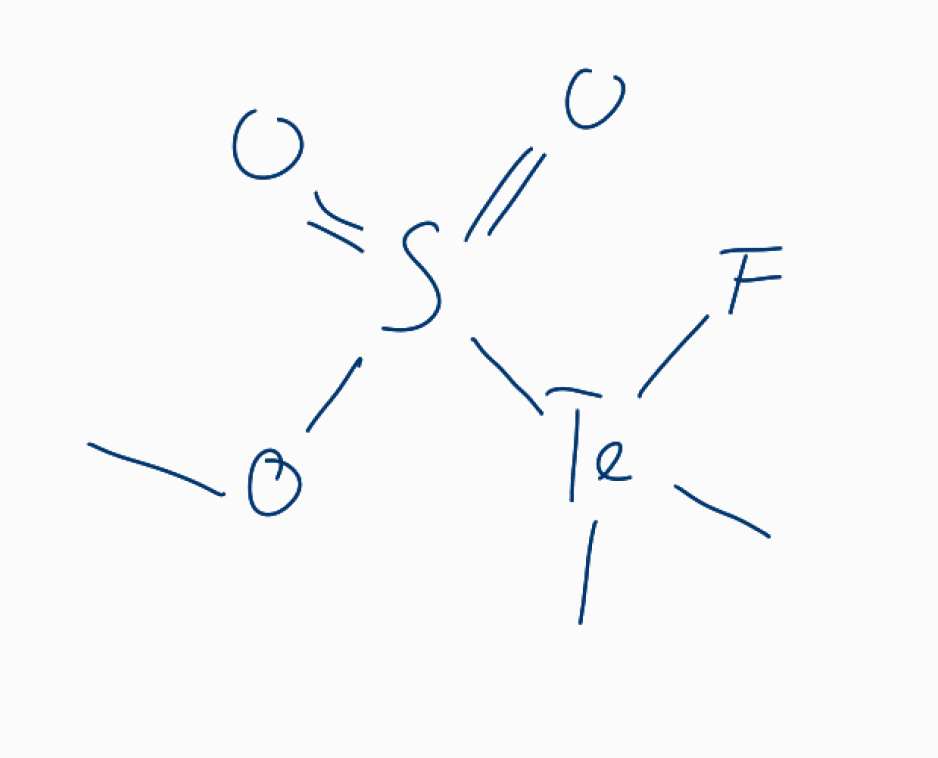
Simplified molecular-input line-entry system (SMILES) notation of the given molecule:
COS(=O)(=O)[Te](C)(C)F